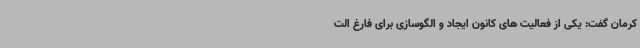
کرمان گفت: یکی از فعالیت های کانون ایجاد و الگوسازی برای فارغ الت